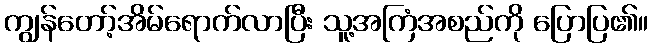
ကျွန်တော့်အိမ်ရောက်လာပြီး သူ့အကြံအစည်ကို ပြောပြ၏။